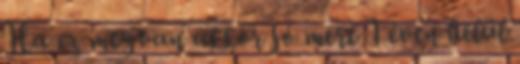
Ha ez megvan akkor jó mert 1 éven belül